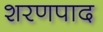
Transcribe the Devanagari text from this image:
शरणपाद